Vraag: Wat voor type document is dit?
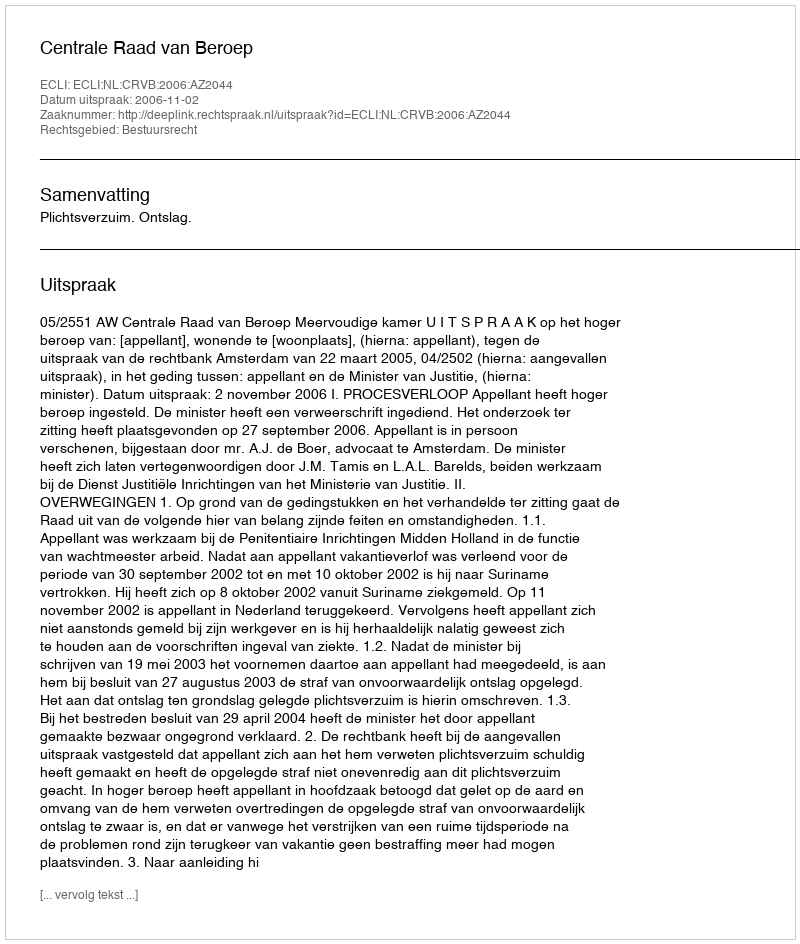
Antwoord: Uitspraak